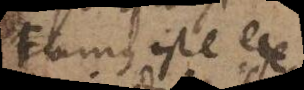
Fumus iste ex